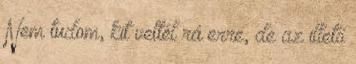
Nem tudom, kit vettél rá erre, de az illető